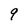
Character: q